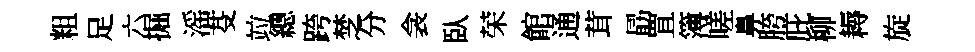
粗足六掘滛芟竝總跨椘分衾臥荣館通茸勗罝簿嗟鼻胯庇柳耨旋